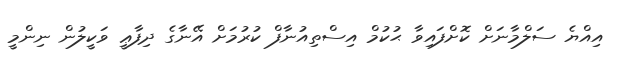
އިއްޔެ ސަލްމާނަށް ކޮށްފައިވާ ޙުކުމް އިސްތިއުނާފް ކުރުމަށް އޭނާގެ ދިފާޢީ ވަކީލުން ނިންމީ